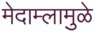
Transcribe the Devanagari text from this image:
मेदाम्लामुळे